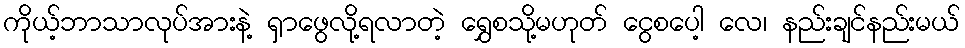
ကိုယ့်ဘာသာလုပ်အားနဲ့ ရှာဖွေလို့ရလာတဲ့ ရွှေစသို့မဟုတ် ငွေစပေါ့ လေ၊ နည်းချင်နည်းမယ်